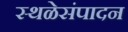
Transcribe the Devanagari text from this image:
स्थळेसंपादन